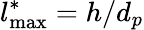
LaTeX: l_{\mathrm{max}}^{\ast}=h/d_{p}